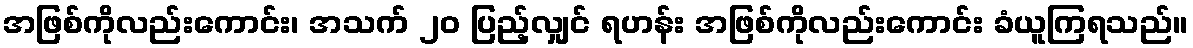
အဖြစ်ကိုလည်းကောင်း၊ အသက် ၂၀ ပြည့်လျှင် ရဟန်း အဖြစ်ကိုလည်းကောင်း ခံယူကြရသည်။